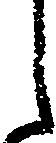
ら